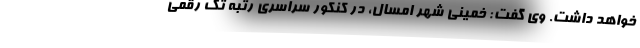
خواهد داشت. وی گفت: خمینی شهر امسال، در کنکور سراسری رتبه تک رقمی